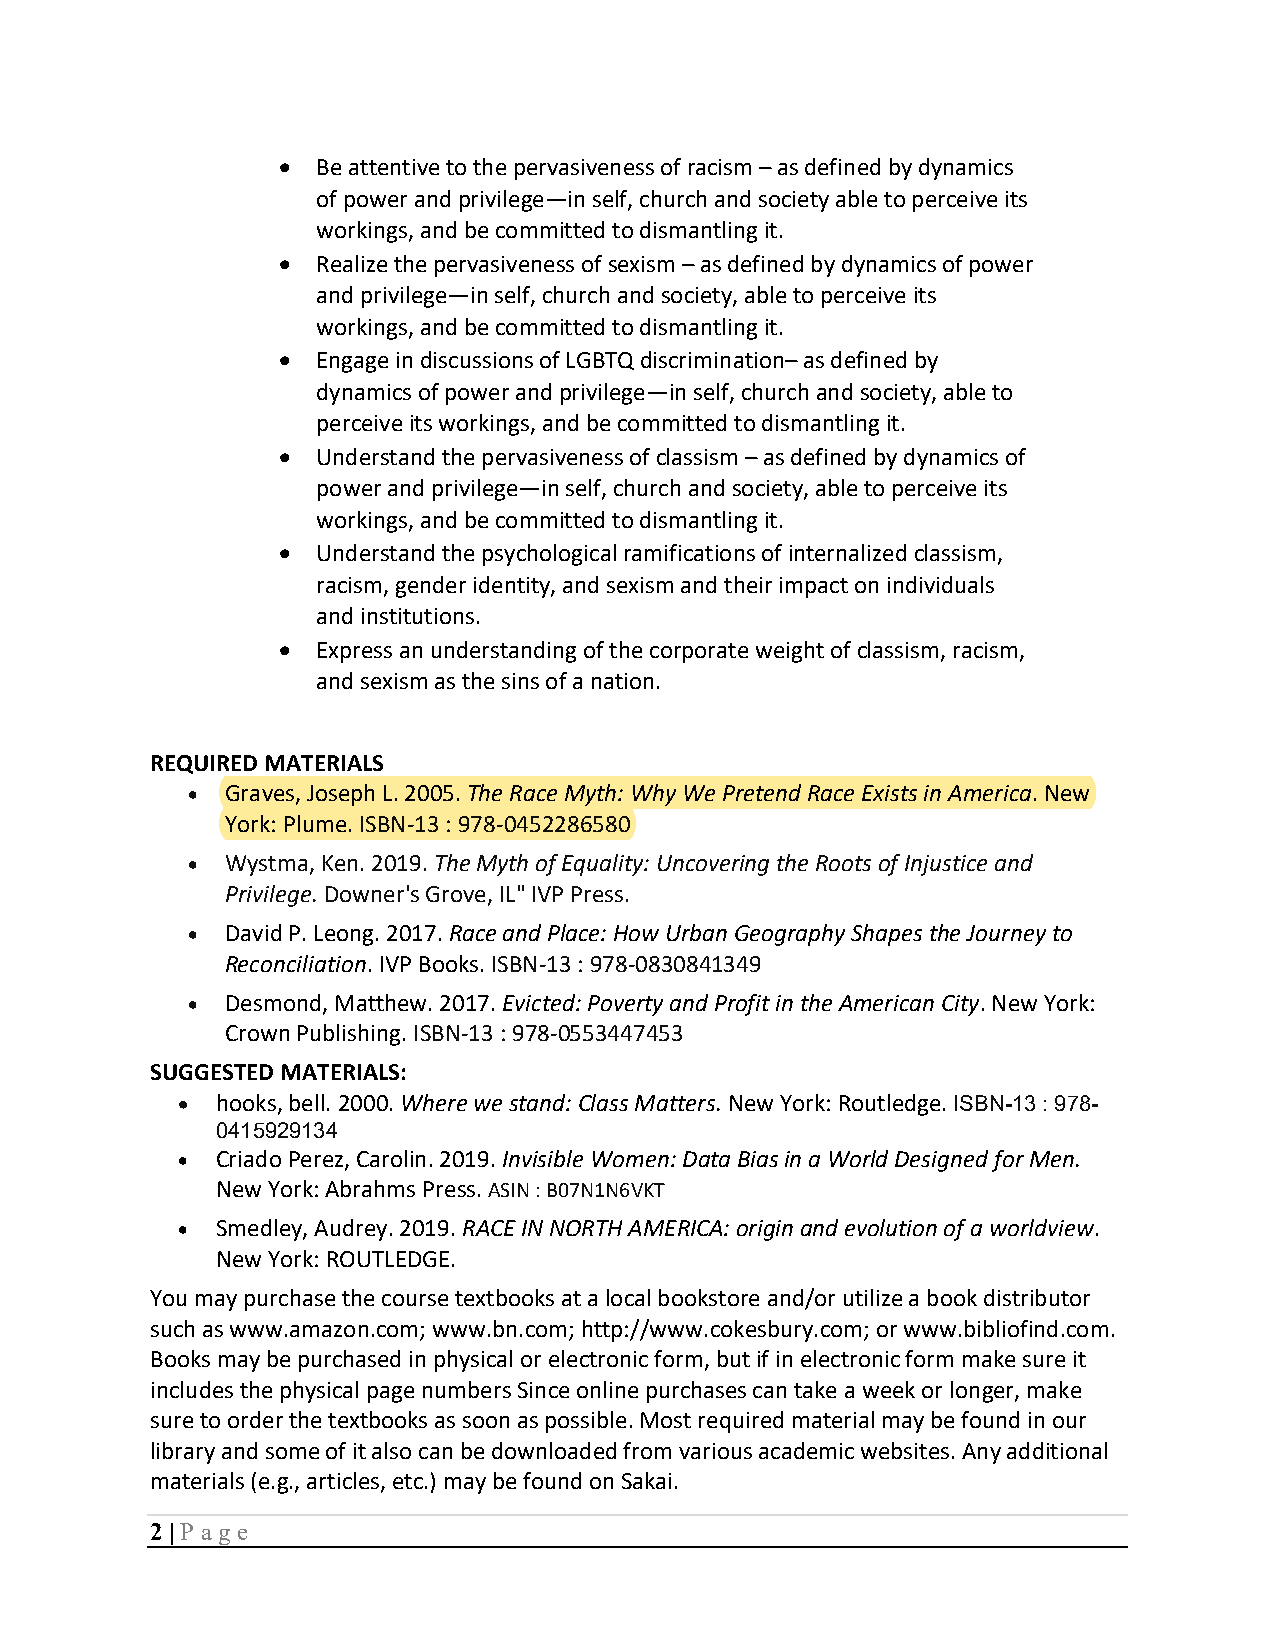
•  Be attentive to the pervasiveness of racism – as defined by dynamics
 of power and privilege—in self, church and society able to perceive its
 workings, and be committed to dismantling it.
 •  Realize the pervasiveness of sexism – as defined by dynamics of power
 and privilege—in self, church and society, able to perceive its
 workings, and be committed to dismantling it.
 •  Engage in discussions of LGBTQ discrimination– as defined by
 dynamics of power and privilege—in self, church and society, able to
 perceive its workings, and be committed to dismantling it.
 •  Understand the pervasiveness of classism – as defined by dynamics of
 power and privilege—in self, church and society, able to perceive its
 workings, and be committed to dismantling it.
 •  Understand the psychological ramifications of internalized classism,
 racism, gender identity, and sexism and their impact on individuals
 and institutions.
 •  Express an understanding of the corporate weight of classism, racism,
 and sexism as the sins of a nation.
 REQUIRED MATERIALS
 •  Graves, Joseph L. 2005. The Race Myth: Why We Pretend Race Exists in America. New
 York: Plume. ISBN-13 : 978-0452286580
 •  Wystma, Ken. 2019. The Myth of Equality: Uncovering the Roots of Injustice and
 Privilege. Downer's Grove, IL" IVP Press.
 •  David P. Leong. 2017. Race and Place: How Urban Geography Shapes the Journey to
 Reconciliation. IVP Books. ISBN-13 : 978-0830841349
 •  Desmond, Matthew. 2017. Evicted: Poverty and Profit in the American City. New York:
 Crown Publishing. ISBN-13 : 978-0553447453
 SUGGESTED MATERIALS:
 • hooks, bell. 2000. Where we stand: Class Matters. New York: Routledge. ISBN-13 : 978-
 0415929134
 • Criado Perez, Carolin. 2019. Invisible Women: Data Bias in a World Designed for Men.
 New York: Abrahms Press. ASIN : B07N1N6VKT
 • Smedley, Audrey. 2019. RACE IN NORTH AMERICA: origin and evolution of a worldview.
 New York: ROUTLEDGE.
 You may purchase the course textbooks at a local bookstore and/or utilize a book distributor
 such as www.amazon.com; www.bn.com; http://www.cokesbury.com; or www.bibliofind.com.
 Books may be purchased in physical or electronic form, but if in electronic form make sure it
 includes the physical page numbers Since online purchases can take a week or longer, make
 sure to order the textbooks as soon as possible. Most required material may be found in our
 library and some of it also can be downloaded from various academic websites. Any additional
 materials (e.g., articles, etc.) may be found on Sakai.
 2 | P age